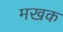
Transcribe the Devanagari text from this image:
मखक